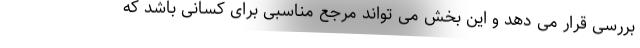
بررسی قرار می دهد و این بخش می تواند مرجع مناسبی برای کسانی باشد که